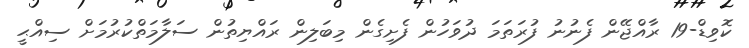
ކޮވިޑް-19 ރާއްޖޭން ފެނުނު ފުރަތަމަ ދުވަހުން ފެށިގެން މިބަލިން ރައްޔިތުން ސަލާމަތްކުރުމަށް ސިއްޙީ